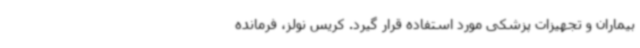
بیماران و تجهیزات پزشکی مورد استفاده قرار گیرد. کریس نولز، فرمانده